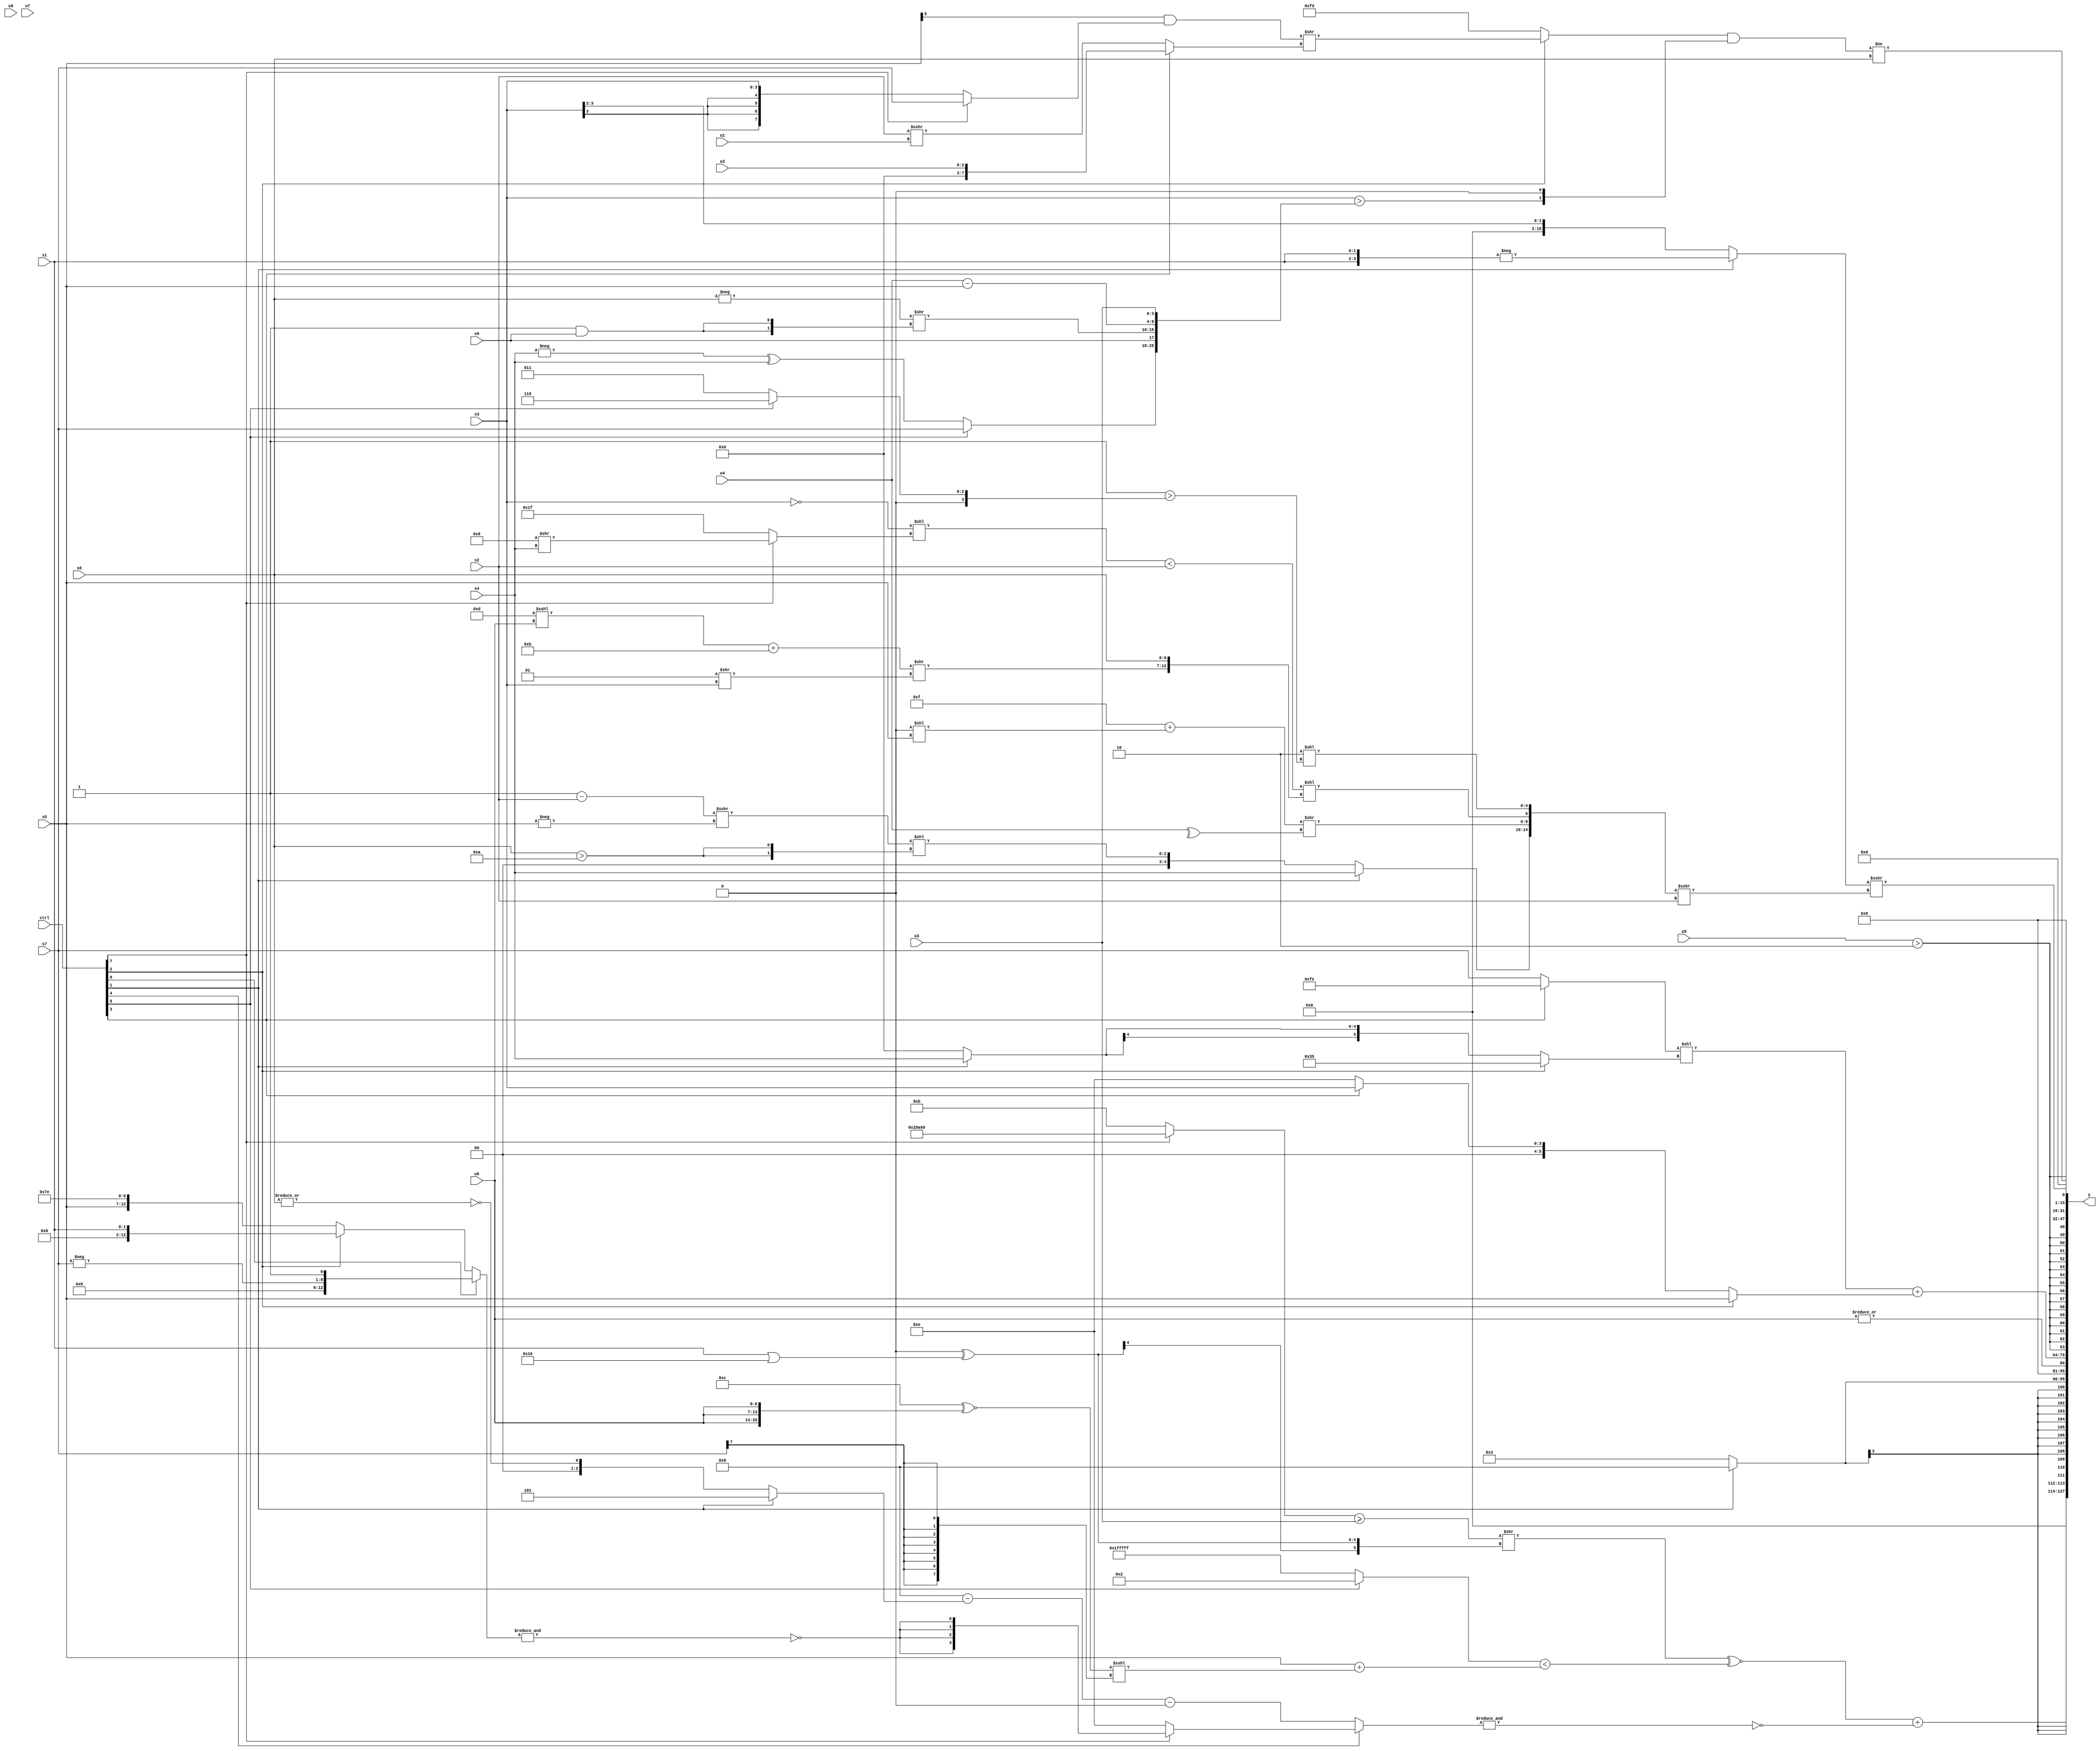
module wideexpr_00218(ctrl, u0, u1, u2, u3, u4, u5, u6, u7, s0, s1, s2, s3, s4, s5, s6, s7, y);
  input [7:0] ctrl;
  input [0:0] u0;
  input [1:0] u1;
  input [2:0] u2;
  input [3:0] u3;
  input [4:0] u4;
  input [5:0] u5;
  input [6:0] u6;
  input [7:0] u7;
  input signed [0:0] s0;
  input signed [1:0] s1;
  input signed [2:0] s2;
  input signed [3:0] s3;
  input signed [4:0] s4;
  input signed [5:0] s5;
  input signed [6:0] s6;
  input signed [7:0] s7;
  output [127:0] y;
  wire [15:0] y0;
  wire [15:0] y1;
  wire [15:0] y2;
  wire [15:0] y3;
  wire [15:0] y4;
  wire [15:0] y5;
  wire [15:0] y6;
  wire [15:0] y7;
  assign y = {y0,y1,y2,y3,y4,y5,y6,y7};
  assign y0 = ({+((((+((ctrl[7]?{3{6'sb101001}}:$signed(6'sb001011))))>=($signed(u3)))>>($signed((4'sb0000)^($signed((s1)|(6'sb110110))))))^~(((ctrl[5]?+($unsigned($signed(3'sb010))):~(1'sb0)))<(($unsigned(s5))+((($unsigned(4'sb1100))^~({3{u6}}))<<<(((s7)>>(1'sb0))>>>(5'sb01101))))))})+(~&((ctrl[4]?(ctrl[7]?$signed(~&((ctrl[0]?{-(s7),1'b1}:(ctrl[2]?s1:{s5,5'sb11111,2'b10})))):3'sb110):($signed(+((~(4'sb0110))-((ctrl[1]?$unsigned(3'sb101):~|(s6))))))-(3'sb000))));
  assign y1 = $signed((ctrl[1]?4'sb1001:2'b11));
  assign y2 = $unsigned(-(|(u6)));
  assign y3 = (+(({(ctrl[3]?2'sb10:s7)})<<((ctrl[2]?+(6'sb110101):(ctrl[1]?s4:1'sb0)))))+((ctrl[2]?s5:(ctrl[3]?s3:4'sb1110)));
  assign y4 = $signed({1{(u5)>(2'sb10)}});
  assign y5 = 1'b0;
  assign y6 = ((ctrl[1]?-({2{s1}}):(s3)>>($signed(2'sb10))))>>>(({(ctrl[1]?(ctrl[1]?s4:{1{(ctrl[1]?$signed(s2):$signed(5'sb11000))}}):$unsigned((((3'sb111)-(s2))>>>(-(s5)))<<({2{(s6)>(5'sb01010)}}))),{1{(({4{(1'b0)<=(6'sb111100)}})+(({1{3'sb000}})<<({2'b00,s5})))>>((^(u4))>>>(3'sb000))}},((($signed(!(s3)))<<((ctrl[7]?(5'sb01000)>>(s4):1'sb1)))<(s2))<<({(((6'sb001101)<<<(u6))+(-(5'sb00101)))>>($signed((2'sb01)>>(s3))),{1{s6}}}),(5'sb11110)<<(($signed(2'sb11))>((ctrl[5]?5'sb00110:+((3'sb010)^(2'sb01)))))})>>>(s2));
  assign y7 = (({1{(ctrl[2]?$signed((((s5)>>>(3'sb101))&((ctrl[7]?s7:s3)))>>((ctrl[3]?(ctrl[3]?u2:s7):(s2)>>>(u1)))):3'sb101)}})&((($signed(s3))>({(ctrl[5]?s7:(-(s4))^(s4)),{s0,(-(s6))>>((2'sb11)&(s0))},(u4)-(s5),u3}))<<(1'sb1)))!=($signed($signed(s6)));
endmodule